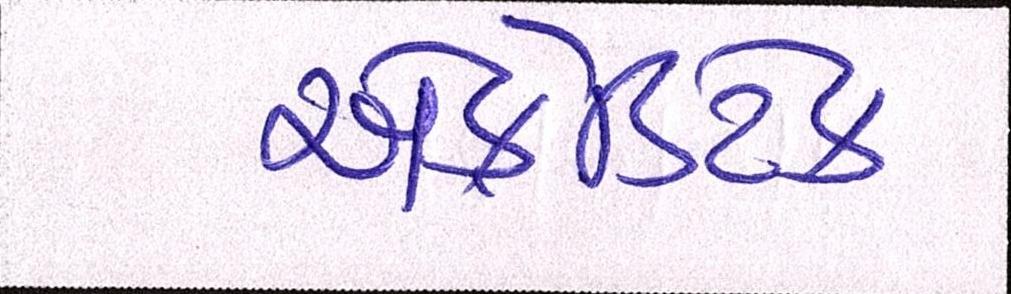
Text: એક્રેડિટેડ